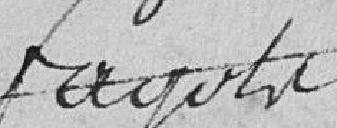
Fagots